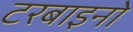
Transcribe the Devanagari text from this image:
टरबाइनो